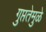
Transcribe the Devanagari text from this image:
गुप्ततेमुळे